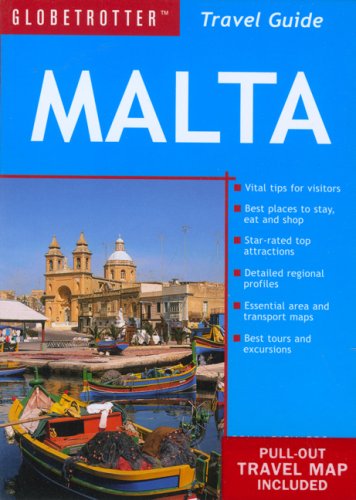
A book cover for Malta Travel Pack (Globetrotter Travel Packs); Brian Richards; Travel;